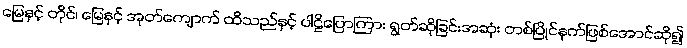
မြေနှင့် တိုင်၊ မြေနှင့် အုတ်ကျောက် ထိသည်နှင့် ပါဠိပြောကြား ရွတ်ဆိုခြင်းအဆုံး တစ်ပြိုင်နက်ဖြစ်အောင်ဆို၍